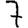
Digit: 7